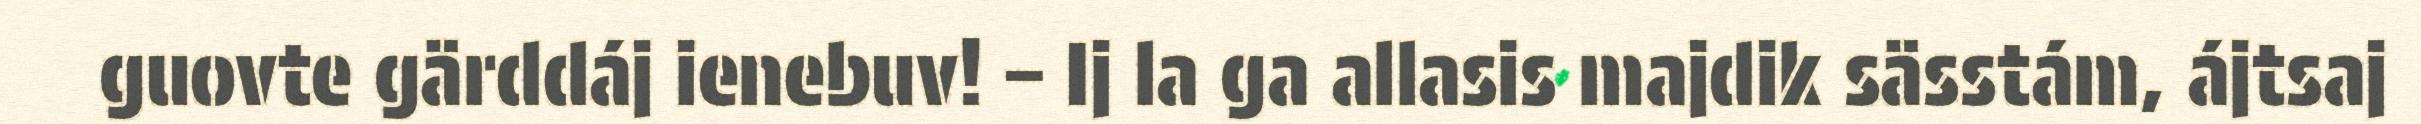
guovte gärddáj ienebuv! – Ij la ga allasis majdik sässtám, ájtsaj